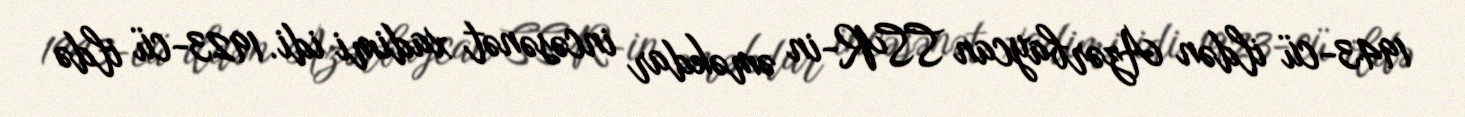
1943-cü ildən Azərbaycan SSR-in əməkdar incəsənət xadimi idi. 1923-cü ildə